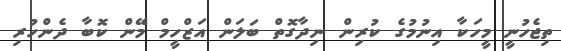
ތިޖެހުނީ މީހަކާ އިނުމުގެ ކުރިން ނިދާގޮތް ބަލަން އަޒްހީމް މޭން ކޮބާ ދެންހުރި